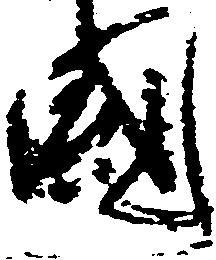
国